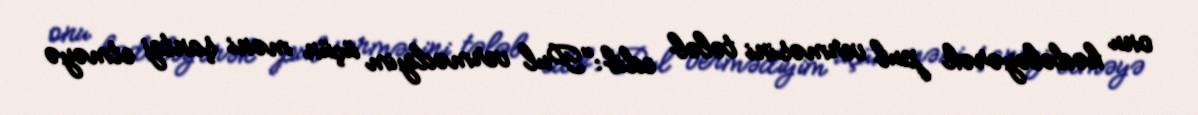
onu hədələyərək pul verməsini tələb edib:"Pul vermədiyim üçün məni şantaj etməyə